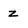
Character: z